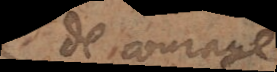
de courage